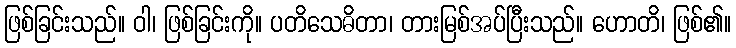
ဖြစ်ခြင်းသည်။ ဝါ၊ ဖြစ်ခြင်းကို။ ပတိသေဓိတာ၊ တားမြစ်အပ်ပြီးသည်။ ဟောတိ၊ ဖြစ်၏။